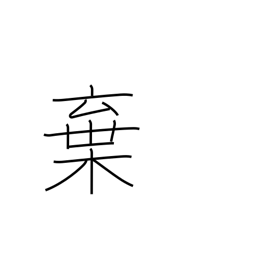
Meaning: discard